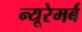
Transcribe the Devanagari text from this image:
न्यूरेमर्ब